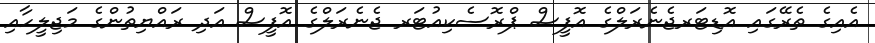
އެއިގެ ތެރޭގައި އޮޑިޓަރޖެނެރަލްގެ އޮފީސް ޕްރޮސެކިއުޓަރ ޖެނެރަލްގެ އޮފީސް އަދި ރައްޔިތުންގެ މަޖިލީހާއި